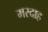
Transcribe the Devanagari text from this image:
मरदाह